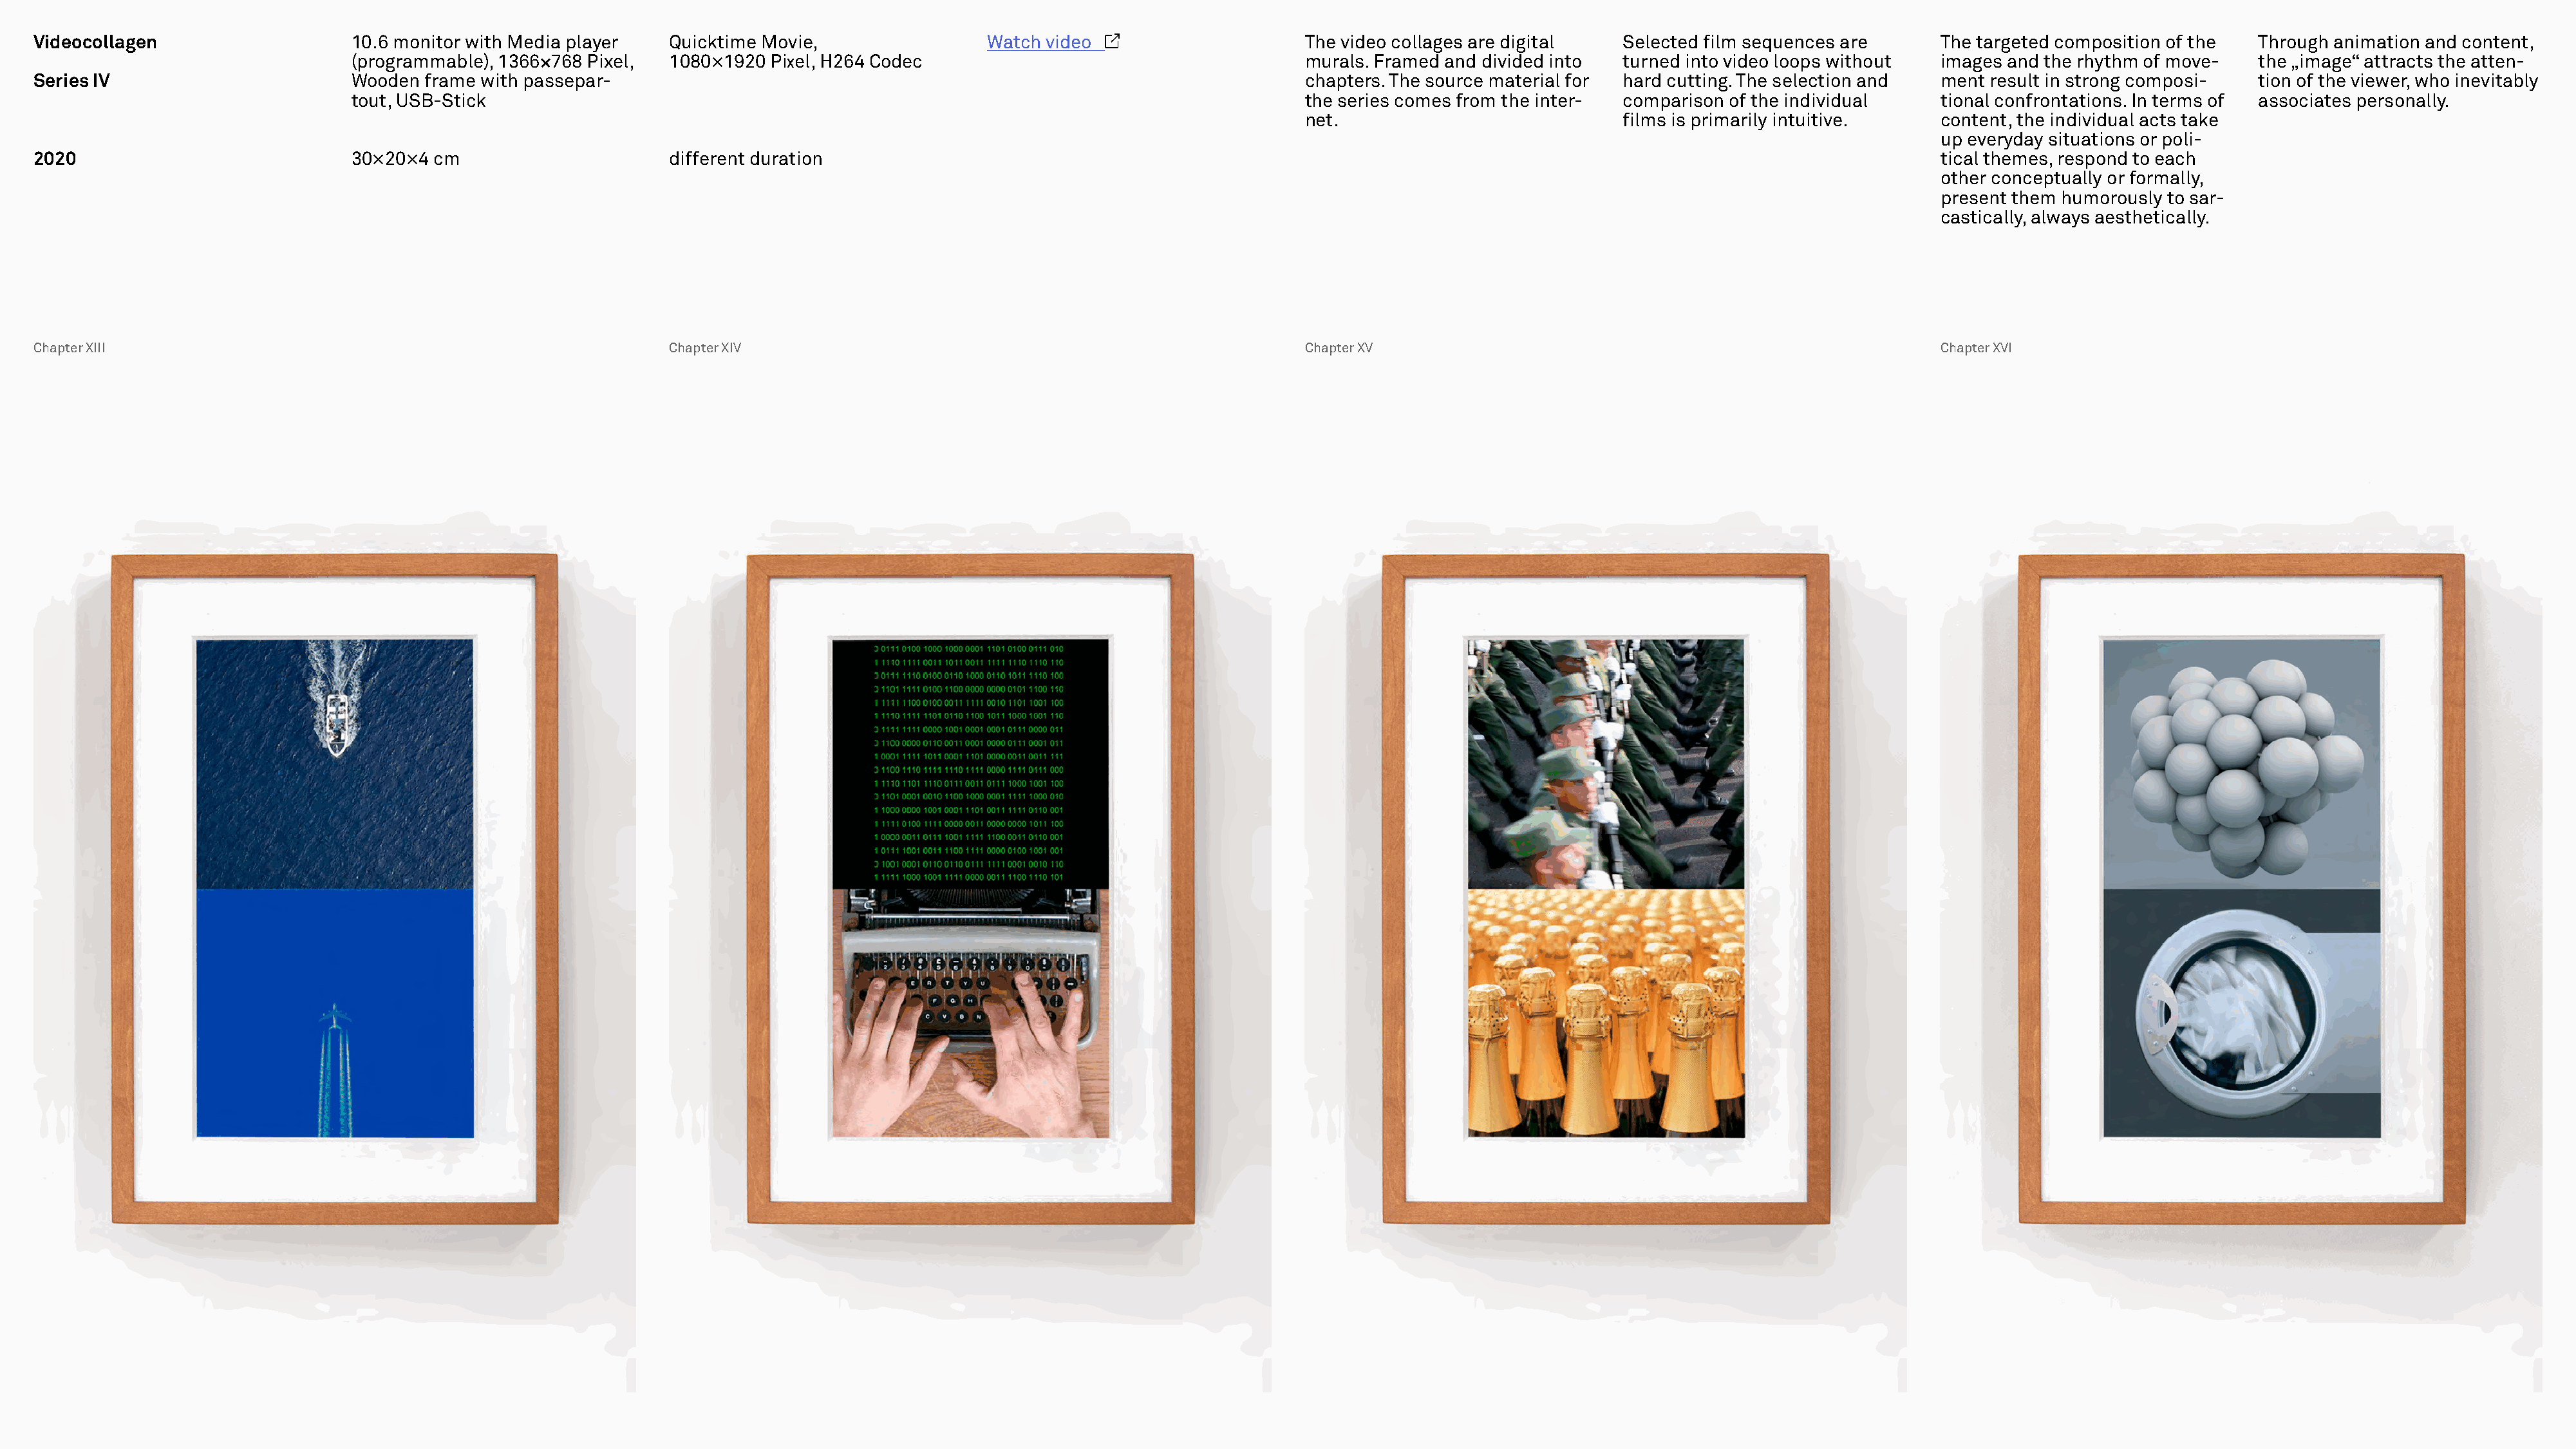
Videocollagen                    10.6 monitor with Media player   Quicktime Movie,                Watch video                      The video collages are digital   Selected film sequences are     The targeted composition of the  Through animation and content,
 (programmable), 1366×768 Pixel,  1080×1920 Pixel, H264 Codec                                      murals. Framed and divided into  turned into video loops without images and the rhythm of move-   the „image“ attracts the atten-
 Series IV                        Wooden  frame with passepar-                                                                      chapters. The source material for hard cutting. The selection and ment result in strong composi-  tion of the viewer, who inevitably
 tout, USB-Stick                                                                                   the series comes from the inter- comparison of the individual    tional confrontations. In terms of associates personally.
 net.                             films is primarily intuitive.   content, the individual acts take
 up everyday situations or poli-
 2020                             30×20×4  cm                      different duration                                                                                                                tical themes, respond to each
 other conceptually or formally,
 present them humorously to sar-
 castically, always aesthetically.
 Chapter XIII                                                      Chapter XIV                                                      Chapter XV                                                       Chapter XVI